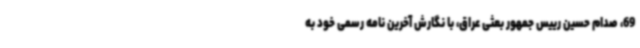
69، صدام حسین رییس جمهور بعثی عراق، با نگارش آخرین نامه رسمی خود به